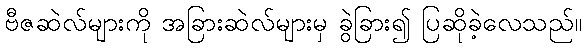
ဗီဇဆဲလ်များကို အခြားဆဲလ်များမှ ခွဲခြား၍ ပြဆိုခဲ့လေသည်။